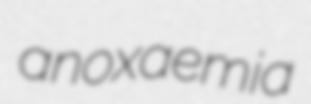
anoxaemia